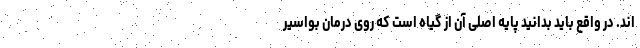
اند. در واقع باید بدانید پایه اصلی آن از گیاه است که روی درمان بواسیر